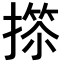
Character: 𢲺